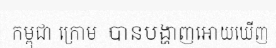
កម្ពុជា ក្រោម  បានបង្ហាញអោយឃើញ